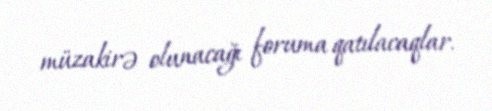
müzakirə olunacağı foruma qatılacaqlar.